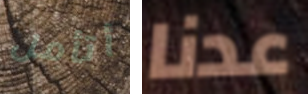
أتأمل عدنا